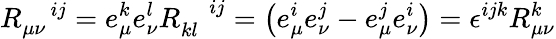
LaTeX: R_{\mu\nu}^{\quad ij}=e_{\mu}^{k}e_{\nu}^{l}R_{kl}^{\quad ij}=\left(e_{\mu}^{i}e_{\nu}^{j}-e_{\mu}^{j}e_{\nu}^{i}\right)=\epsilon^{ijk}R_{\mu\nu}^{k}